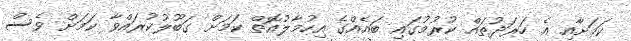
ކަމަށާއި އެ ހަރަދުތައް ކުރުމުގައި ބައެއްގެ އިހުމާލުއޮތް ކަމަށް ގަބޫލުކުރައްވާ ކަމަށް ވެސް